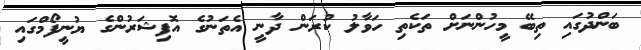
ބަންދުގައި ތިބޭ މީހުންނަށް ތަކެތި ހަވާލު ކުރަން ދާނީ އެތަނުގެ އޮފިޝަރުންގެ ޔުނީފޯމްގައި